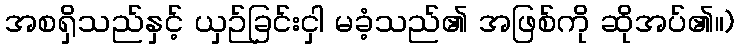
အစရှိသည်နှင့် ယှဉ်ခြင်းငှါ မခံ့သည်၏ အဖြစ်ကို ဆိုအပ်၏။)